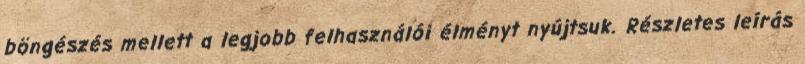
böngészés mellett a legjobb felhasználói élményt nyújtsuk. Részletes leírás